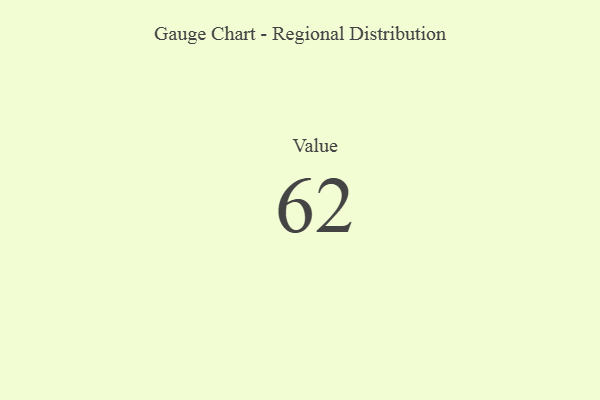
{"axis": {"x": "Metric", "y": "Value"}, "legend": [""], "data": [{"x": "Value", "y": 62, "type": ""}]}